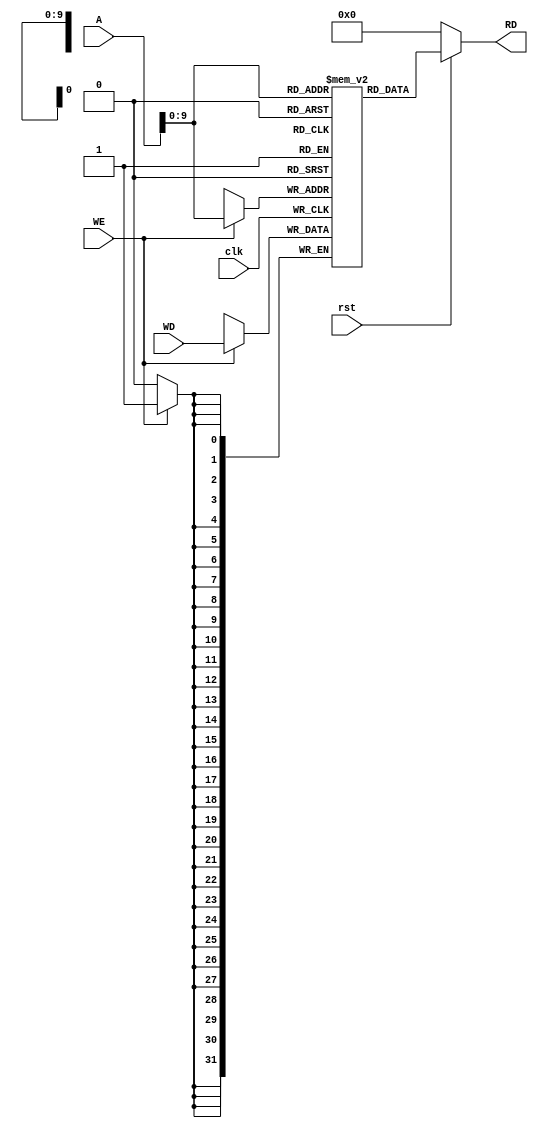
module Data_mem(WE,WD,A,clk,rst,RD);
    input WE;
    input clk,rst;
    input [31:0] A,WD;

    output [31:0] RD;

    reg [31:0] data_mem [1023:0] ;

    assign RD = (~rst) ? 32'd0 : data_mem[A];
    always @(posedge clk ) begin
        if(WE)
        
            data_mem[A] <= WD;
    
    end
initial
begin
 data_mem[28]= 32'h00000030;
end

endmodule